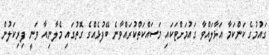
ގައުމުގެ ކަންކަމާ އަޅާލައްވާ ގައުމަށްޓަކައި މަސައްކަތްކުރައްވާނެ ބޭފުޅެއްގެ ގޮތުގައި މެލާނިއާ ވަނީ ފިރިކަލުން